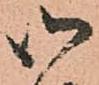
御